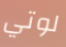
لوتي